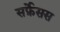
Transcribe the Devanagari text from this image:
सर्फ़ेसस